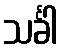
သင်္ခါ